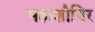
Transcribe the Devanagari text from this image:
महाशौषिर